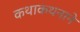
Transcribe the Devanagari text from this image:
कथाकथनाने